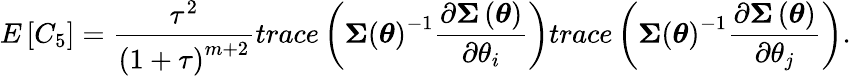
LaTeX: E\left[C_{5}\right]=\frac{\tau^{2}}{\left(1+\tau\right)^{m+2}}trace\left(\boldsymbol{\Sigma}\left(\boldsymbol{\theta}\right)^{-1}\frac{\partial\boldsymbol{\Sigma}\left(\boldsymbol{\theta}\right)}{\partial\theta_{i}}\right)trace\left(\boldsymbol{\Sigma}\left(\boldsymbol{\theta}\right)^{-1}\frac{\partial\boldsymbol{\Sigma}\left(\boldsymbol{\theta}\right)}{\partial\theta_{j}}\right).